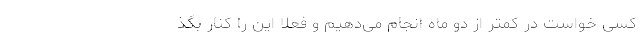
کسی خواست در کمتر از دو ماه انجام می‌دهیم و فعلاً این را کنار بگذ